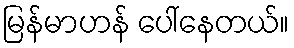
မြန်မာဟန် ပေါ်နေတယ်။